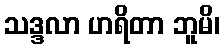
သဒ္ဒလာ ဟရိတာ ဘူမိ၊